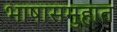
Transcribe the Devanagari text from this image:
भाषासमुहात